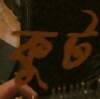
কুট